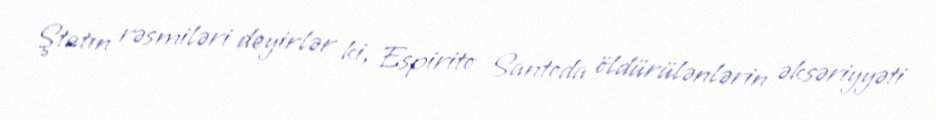
Ştatın rəsmiləri deyirlər ki, Espirito Santoda öldürülənlərin əksəriyyəti